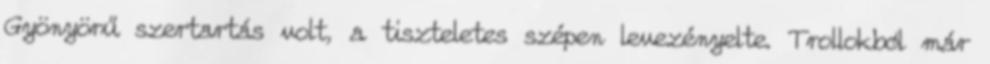
Gyönyörű szertartás volt, a tiszteletes szépen levezényelte. Trollokból már